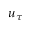
u _ { \tau }